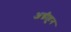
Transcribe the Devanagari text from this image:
अग्नीहून